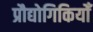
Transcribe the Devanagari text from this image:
प्रौद्योगिकियोँ